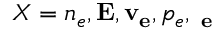
X = n _ { e } , { \bf E } , { \bf v _ { e } } , p _ { e } , { \bf \Pi _ { e } }